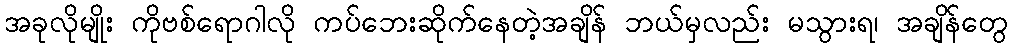
အခုလိုမျိုး ကိုဗစ်ရောဂါလို ကပ်ဘေးဆိုက်နေတဲ့အချိန် ဘယ်မှလည်း မသွားရ၊ အချိန်တွေ